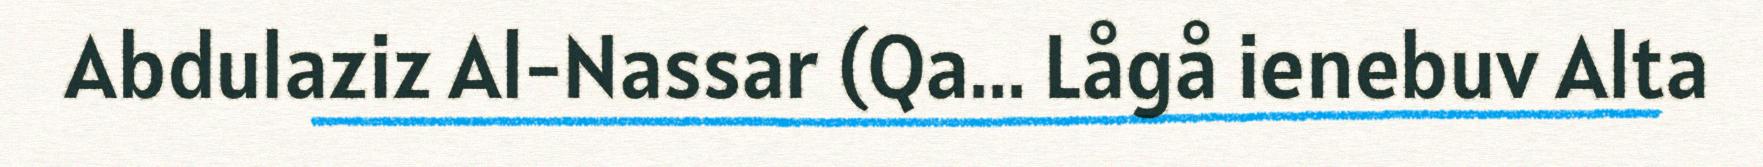
Abdulaziz Al-Nassar (Qa... Lågå ienebuv Alta